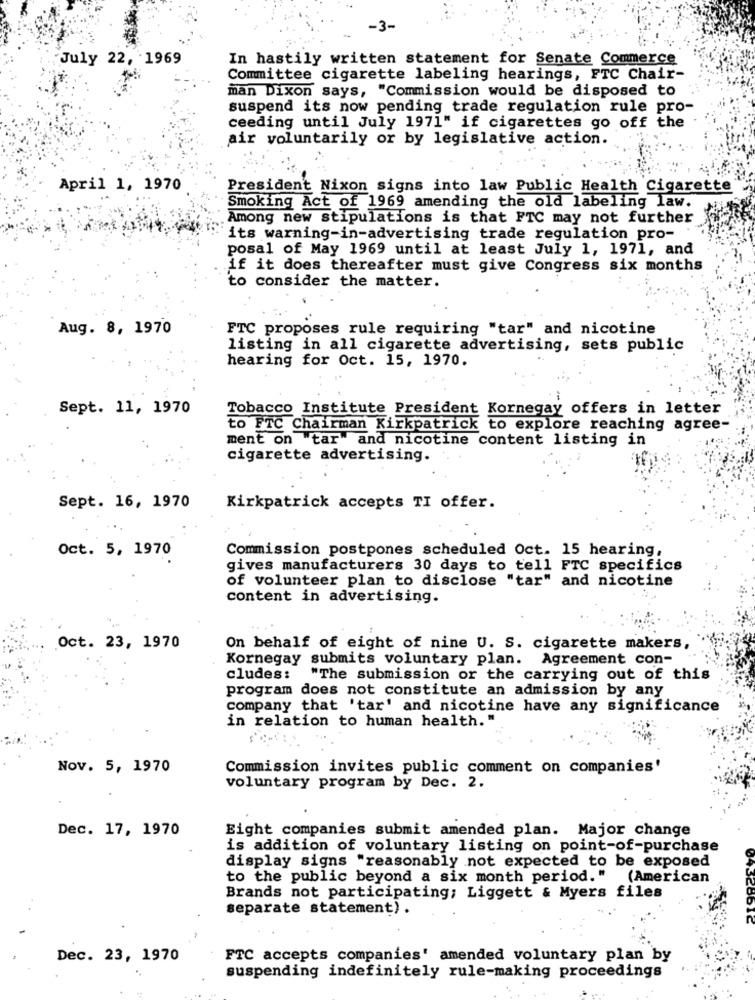
July 22, 1969
In hastily written statement for Senate Commerce
Committee cigarette labeling hearings, FTC Chair-
man Dixon says, "Commission would be disposed to
suspend its now pending trade regulation rule pro-
ceeding until July 1971" if cigarettes go off the
air voluntarily or by legislative action.
April 1, 1970
President Nixon signs into law Public Health Cigarette"
Smoking Act of 1969 amending the old labeling law.
Among new stipulations is that FTC may not further
"its warning-in-advertising trade regulation pro-
posal of May 1969 until at least July 1, 1971, and
if it does thereafter must give Congress six months
to consider the matter.
Aug. 8, 1970
FTC proposes rule requiring "tar" and nicotine
listing in all cigarette advertising, sets public
hearing for Oct. 15, 1970.
Sept. 11, 1970
Tobacco Institute President Kornegay offers in letter
to FTC Chairman Kirkpatrick to explore reaching agree-
ment on tar and nicotine content listing in
cigarette advertising.
Sept. 16, 1970
Kirkpatrick accepts TI offer.
Oct. 5, 1970
Commission postpones scheduled Oct. 15 hearing,
gives manufacturers 30 days to tell FTC specifics
of volunteer plan to disclose "tar" and nicotine
content in advertising.
Oct. 23, 1970
On behalf of eight of nine U. S. cigarette makers,
Kornegay submits voluntary plan. Agreement con-
cludes:
"The submission or the carrying out of this
program does not constitute an admission by any
company that 'tar' and nicotine have any significance
in relation to human health."
Nov. 5, 1970
Commission invites public comment on companies'
voluntary program by Dec. 2.
Dec. 17, 1970
Eight companies submit amended plan. Major change
is addition of voluntary listing on point-of-purchase
display signs "reasonably not expected to be exposed
to the public beyond a six month period." (American
Brands not participating; Liggett & Myers files
separate statement) .
Dec. 23, 1970
FTC accepts companies' amended voluntary plan by
suspending indefinitely rule-making proceedings